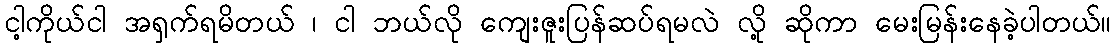
ငါ့ကိုယ်ငါ အရှက်ရမိတယ် ၊ ငါ ဘယ်လို ကျေးဇူးပြန်ဆပ်ရမလဲ လို့ ဆိုကာ မေးမြန်းနေခဲ့ပါတယ်။